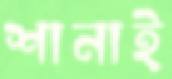
শানাই